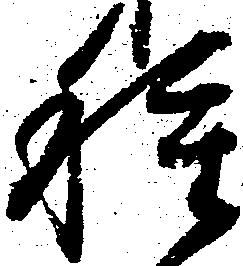
種